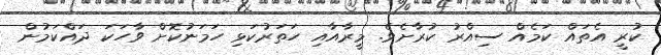
ކުރީ އެތައް ކަމެއް ސިއްރު ކުރާށެެވެ. މީރާއާއި ހަތަރުކަޅި ހަމަނުކޮށް ވާހަކަ ދައްކަމުން